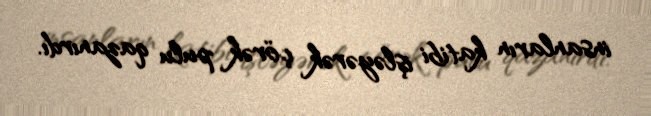
insanların katibi işləyərək çörək pulu qazanırdı.